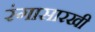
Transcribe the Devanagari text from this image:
रंगासारखी